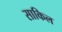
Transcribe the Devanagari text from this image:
साकिल